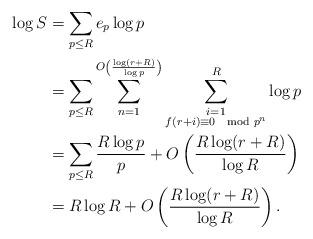
LaTeX: \begin{align*}\log S&=\sum_{p\leq R}e_p\log p\\&=\sum_{p\leq R}\sum_{n=1}^{O\left(\frac{\log (r+R)}{\log p}\right)}\sum_{\substack{i=1\\f(r+i)\equiv 0 \mod p^n}}^{R}\log p\\&=\sum_{p\leq R}\frac{R\log p}{p}+O\left(\frac{R\log (r+R)}{\log R}\right)\\&=R\log R+O\left(\frac{R\log (r+R)}{\log R}\right).\end{align*}